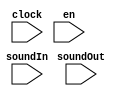
module Outputter(input clock, input en, input[5:0] soundIn, input[5:0] soundOut);
	always @ (posedge clock) begin
		if (en)
			soundOutReg = soundIn;
		else
			soundOutReg = 6'b0;
	end
	
	assign soundOut = soundOutReg;
endmodule